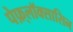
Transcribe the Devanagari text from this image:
पेफ़्लॉक्सासिन